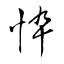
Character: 忰